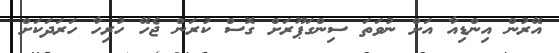
އޭރުން އިންޑިއާ އަށް ނުވަތަ ސިންގަޕޫރަށް ގޮސް ކުރަން ޖެހޭ ހުރިހާ ހަރަދަކަށް